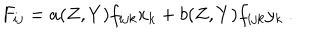
LaTeX: F _ { i j } = a ( Z , Y ) f _ { i j k } x _ { k } + b ( Z , Y ) f _ { i j k } y _ { k } \ .